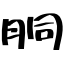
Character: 胴